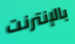
بالإنترنت